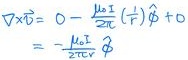
\[\nabla\times\hat{\mathbf{v}} = 0 - \frac{\mu_0 I}{2\pi r}(\frac{1}{r})\hat{\mathbf{\phi}} + 0 = -\frac{\mu_0 I}{2\pi r^2}\hat{\mathbf{\phi}}\]